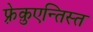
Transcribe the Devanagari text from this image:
फ़्रेक़ुएन्तिस्त